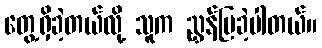
တွေ့ရှိခဲ့တယ်လို့ သူက ညွှန်ပြခဲ့ပါတယ်။